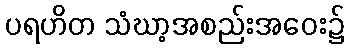
ပရဟိတ သံဃာ့အစည်းအဝေး၌